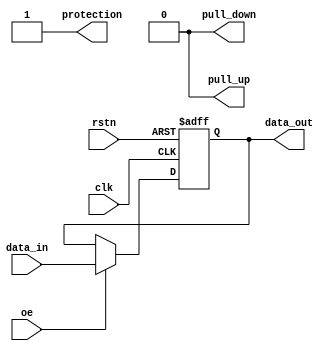
module io_buffer (
    input         wire                          clk,
    input         wire                          rstn,
    input         wire                          data_in,
    output        reg                           data_out,
    input         wire                          oe,
    output        wire                          pull_up,
    output        wire                          pull_down,
    output        wire                          protection
);

assign pull_up = 1'b0;
assign pull_down = 1'b0;
assign protection = 1'b1;

always @ (posedge clk or negedge rstn) begin
    if (~rstn) begin
        data_out <= 1'b0;
    end else begin
        if (oe) begin
            data_out <= data_in;
        end
    end
end

endmodule